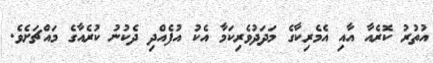
އުތުރު ކޮރެއާ އާއި އެމެރިކާގެ މަދަދުވެރިކަމާ އެކު އުފެއްދި ދެކުނު ކުރެއާގެ މައްޗަށެވެ.